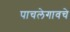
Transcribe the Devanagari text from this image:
पाचलेगावचे